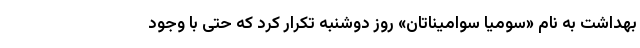
بهداشت به نام «سومیا سوامیناتان» روز دوشنبه تکرار کرد که حتی با وجود